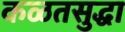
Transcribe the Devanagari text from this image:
कळतसुद्धा